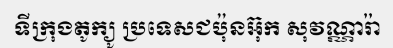
ទីក្រុងតូក្យូ ប្រទេសជប៉ុនអ៊ុក សុវណ្ណារ៉ា